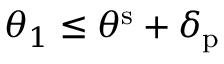
\theta _ { 1 } \leq \theta ^ { \mathrm { s } } + \delta _ { \mathrm { p } }